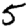
Digit: 5